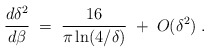
\begin{align*}{d\delta^2\over d\beta} \;=\; {16\over \pi \ln(4/\delta)}\;+\;O(\delta^2)\;.\end{align*}